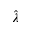
\hat { \lambda }